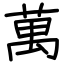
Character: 萬